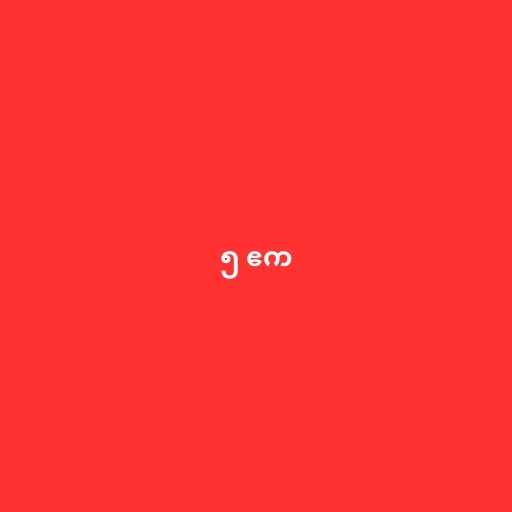
၅ ဧက